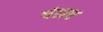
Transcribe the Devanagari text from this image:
पंडाद्य